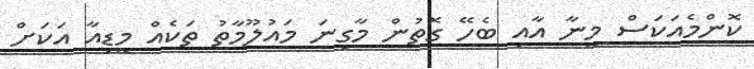
ކޮންމެއަކަސް މީނާ އާއި ބެހޭ ގޮތުން މާގިނަ މައުލޫމާތު ތަކެއް މީޑިއާ އަކަށް